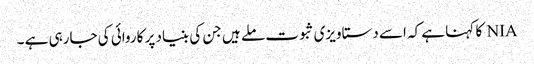
NIA کا کہنا ہے کہ اسے دستاویزی ثبوت ملے ہیں جن کی بنیاد پر کاروائی کی جارہی ہے ۔